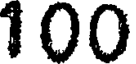
100